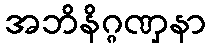
အဘိနိဂ္ဂဏှနာ